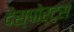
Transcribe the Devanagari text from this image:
देस्पोर्ट्स